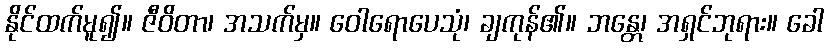
နိုင်ထက်မူ၍။ ဇီဝိတာ၊ အသက်မှ။ ဝေါရောပေသုံ၊ ချကုန်၏။ ဘန္တေ၊ အရှင်ဘုရား။ ခေါ